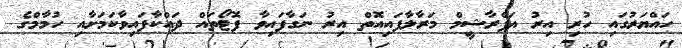
ހައްޔަރުގައި ހުރި އިރު އަފްރާޝީމް މަރާލާފައިއޮތް އިރު ނަގާފައިވާ ފޮޓޯތައް ދައްކާފައިވާކަމަށާއި ހުމާމްގެ